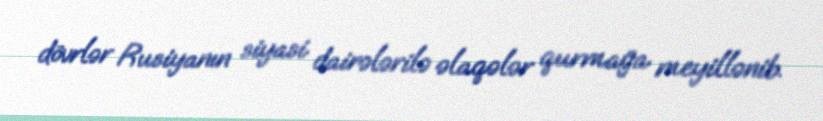
dövrlər Rusiyanın siyasi dairələrilə əlaqələr qurmağa meyillənib.